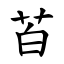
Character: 苩